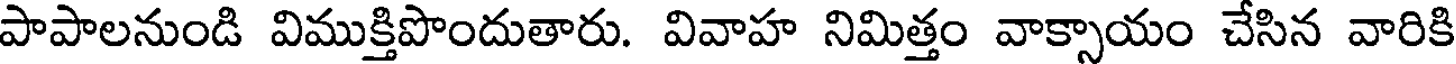
పాపాలనుండి విముక్తిపొందుతారు. వివాహ నిమిత్తం వాక్సాయం చేసిన వారికి